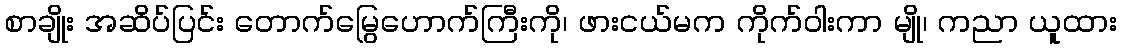
စာချိုး အဆိပ်ပြင်း တောက်မြွေဟောက်ကြီးကို၊ ဖားငယ်မက ကိုက်ဝါးကာ မျို၊ ကညာ ယူထား